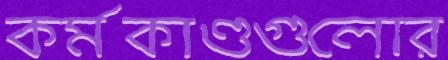
কর্মকাণ্ডগুলোর